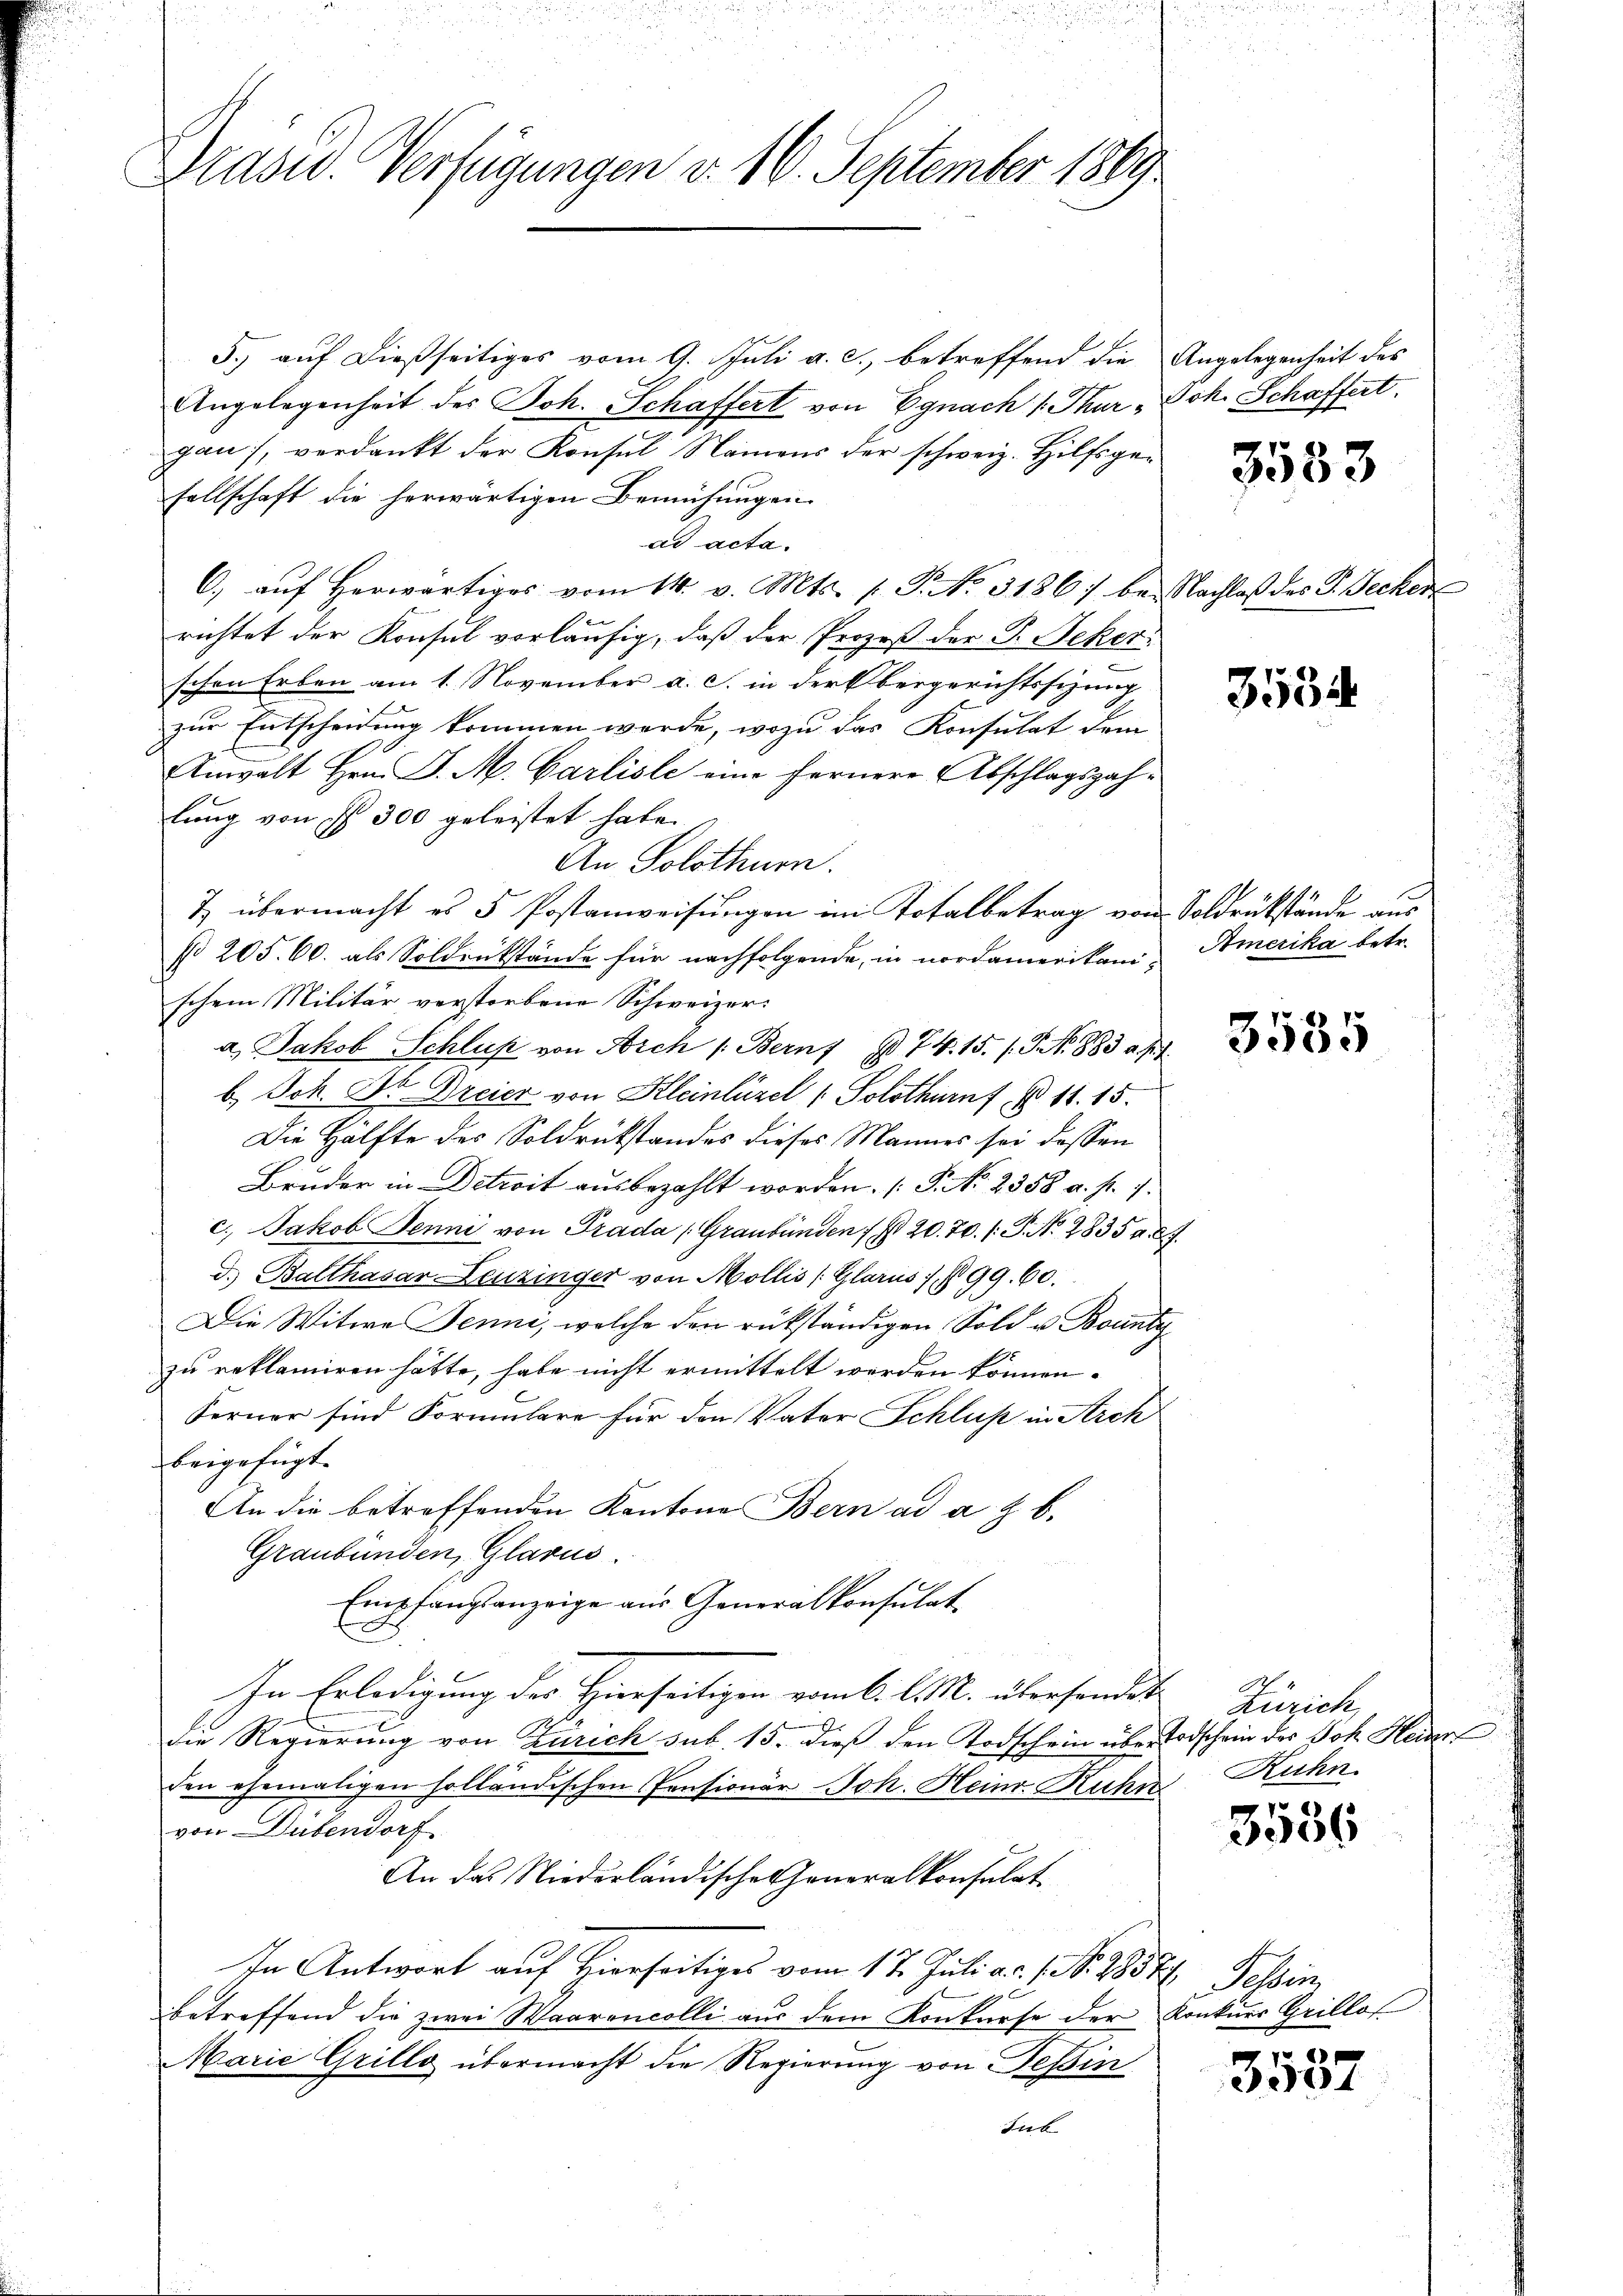
Präsid. Verfügungen v. 16. September 1889

5.) auf dießseitiges vom 9. Juli a. c., betreffend die Angelegenheit des
Angelegenheit des Joh. Schaffert von Egnach 1 Thur „Joh. Schaffert.
gau), verdankt der Konsul Namens der schweiz. Hilfsgesellschaft die herwärtigen Bemühungen
ad acta.
C. aŭf herwärtiges vom 14. v. Mts. (T. No. 31867 bei Nachlaβ des I. Secker
richtet der Konsul vorläufig, daß der Prozeß der P. Sekerschen Erben am 1. November a. c. in der Obergerichtssizung
zur Entscheidung kommen werde, wozu das Konsulat dem
Anwalt Hrn. J. M. Carlisle eine fernere Abschlagszahlung von § 300 geleistet habe.
An Solothurn.
7 übermacht es 5 Postanweisungen im Totalbetrag von Soldrükstände aus
No 205. 60. als Soldrükstände für nachfolgende, in nordamerikani- Amerika betr.
schem Militär verstorbene Schweizer.
a Jakob Schluß von Arch /: Bern § 74. 15. (N. 883 a. p.
b. Joh. Dr. Dreier von Kleinlüzel ( Solothurn § 11. 15.
Die Hälfte des Soldrükstandes dieses Mannes sei dassen
Bruder in Detroit ausbezahlt worden. (T. No. 2388 a. p. 1.
c. Jakob Jenni von Prada (Graubünden 1 § 20. 70. /: P. Nr. 2835 a.
d. Balthasar Leuzinger von Mollis (Glarus, § 99. 60.
Die Witwe Jenni, welche den rükständigen Sold u. Bounty
zu reklamiren hätte, habe nicht ermittelt werden können.
Ferner sind Formulare für den Vater Schluß in Arch
beigefügt.
An die betreffenden Kantone Bern ad a. f. b.
Graubünden, Glarus.
Empfangsanzeige aus Generalkonsulat
.
In Erledigung des Hierseitigen vom 6. d. M. übersendet
Die Regierung von Zürich sub. 15. dieß den Todschein über Todschein des Joh. Heider
Ein ehemaligen holländischen Pensionär Joh. Heinr. Kuhn Ruhn.
von Dübendorf
An das Niederländische Generalkonsulat
In Antwort auf Hierseitiges vom 17. Juli a. 1. No. 1857 Felsen,
betreffend die zwei Waarencolli aus dem Konkurse der Konkurs Grillos
Marie Grillo übermacht die Regierung von Tessin
sub

3553

3534

3535

A 1
Zürich

3536

7

e